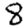
Digit: 8